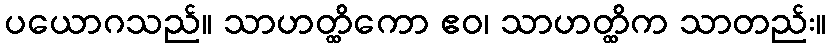
ပယောဂသည်။ သာဟတ္ထိကော ဧဝ၊ သာဟတ္ထိက သာတည်း။